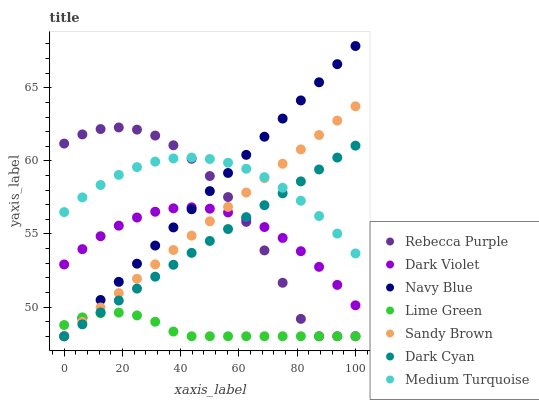
| xaxis_label | Rebecca Purple | Dark Violet | Navy Blue | Lime Green | Sandy Brown | Dark Cyan | Medium Turquoise |
 | --- | --- | --- | --- | --- | --- | --- | --- |
 | 0 | 61.2 | 52.9 | 48 | 48.8 | 48 | 48 | 56.5 |
 | 6.25 | 61.8 | 54 | 49.2 | 49.3 | 49 | 48.8 | 57.5 |
 | 12.5 | 62.2 | 54.8 | 50.5 | 49.6 | 50 | 49.6 | 58.4 |
 | 18.8 | 62.3 | 55.6 | 51.7 | 49.6 | 51 | 50.4 | 59 |
 | 25 | 62.1 | 56.1 | 53 | 49.4 | 51.9 | 51.3 | 59.6 |
 | 31.2 | 61.7 | 56.5 | 54.2 | 49 | 52.9 | 52.1 | 59.9 |
 | 37.5 | 61.1 | 56.8 | 55.4 | 48.3 | 53.9 | 52.9 | 60.2 |
 | 43.8 | 60.1 | 56.8 | 56.7 | 48 | 54.9 | 53.7 | 60.2 |
 | 50 | 59 | 56.7 | 57.9 | 48 | 55.9 | 54.5 | 60.1 |
 | 56.2 | 57.5 | 56.5 | 59.2 | 48 | 56.9 | 55.3 | 59.9 |
 | 62.5 | 55.8 | 56.1 | 60.4 | 48 | 57.8 | 56.2 | 59.5 |
 | 68.8 | 53.9 | 55.5 | 61.7 | 48 | 58.8 | 57 | 58.9 |
 | 75 | 51.7 | 54.7 | 62.9 | 48 | 59.8 | 57.8 | 58.2 |
 | 81.2 | 49.2 | 53.8 | 64.1 | 48 | 60.8 | 58.6 | 57.3 |
 | 87.5 | 48 | 52.7 | 65.4 | 48 | 61.8 | 59.4 | 56.2 |
 | 93.8 | 48 | 51.5 | 66.6 | 48 | 62.8 | 60.2 | 55 |
 | 100 | 48 | 50.1 | 67.9 | 48 | 63.7 | 61 | 53.7 |